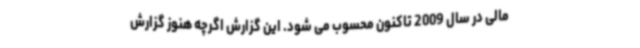
مالی در سال 2009 تاکنون محسوب می شود. این گزارش اگرچه هنوز گزارش